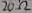
Text: 20Ω